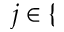
j \in \{